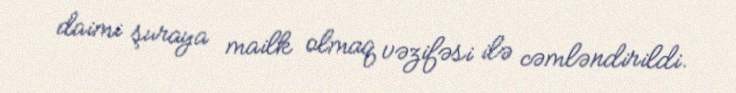
daimi şuraya mailk olmaq vəzifəsi ilə cəmləndirildi.